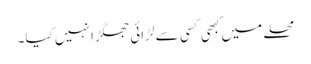
محلے میں کبھی کسی سے لڑائی جھگڑا نہیں کیا۔